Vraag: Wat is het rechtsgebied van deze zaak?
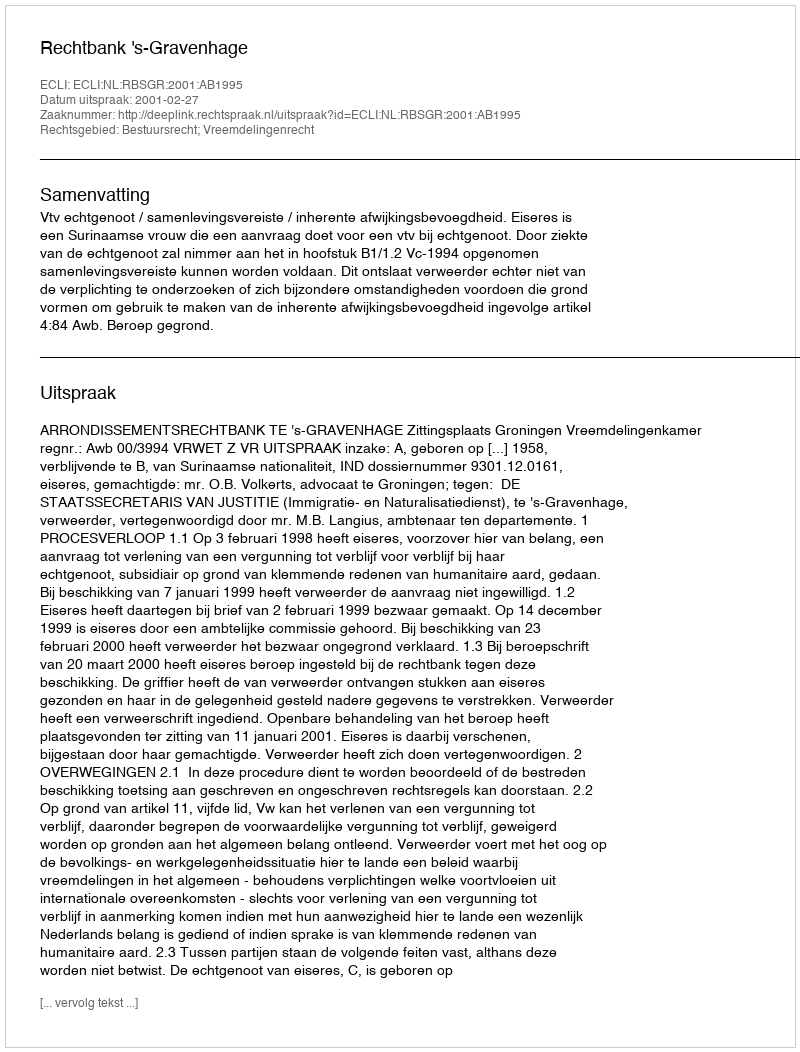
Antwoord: Bestuursrecht; Vreemdelingenrecht